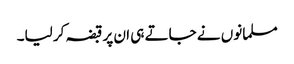
مسلمانوں نے جاتے ہی ان پر قبضہ کر لیا۔